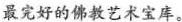
最完好的佛教艺术宝库。